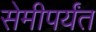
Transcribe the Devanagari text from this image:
सेमीपर्यंत